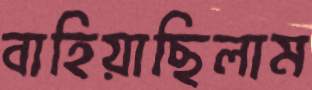
বাহিয়াছিলাম